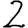
Digit: 2